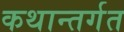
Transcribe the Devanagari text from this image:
कथान्तर्गत